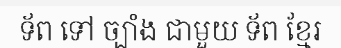
ទ័ព ទៅ ច្បាំង ជាមួយ ទ័ព ខ្មែរ